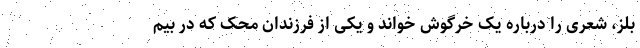
بلز، شعری را درباره یک خرگوش خواند و یکی از فرزندان محک که در بیم